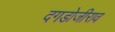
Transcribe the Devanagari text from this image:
दगडोजीराव